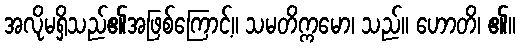
အလိုမရှိသည်၏အဖြစ်ကြောင့်။ သမတိက္ကမော၊ သည်။ ဟောတိ၊ ၏။